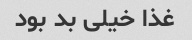
غذا خیلی بد بود